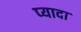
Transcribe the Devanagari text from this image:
प्‍यादा